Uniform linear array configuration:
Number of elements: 32
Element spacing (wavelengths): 0.5
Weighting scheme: blackman
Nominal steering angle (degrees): -30
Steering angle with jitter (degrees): -29.927
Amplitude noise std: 0.05
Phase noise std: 0.05

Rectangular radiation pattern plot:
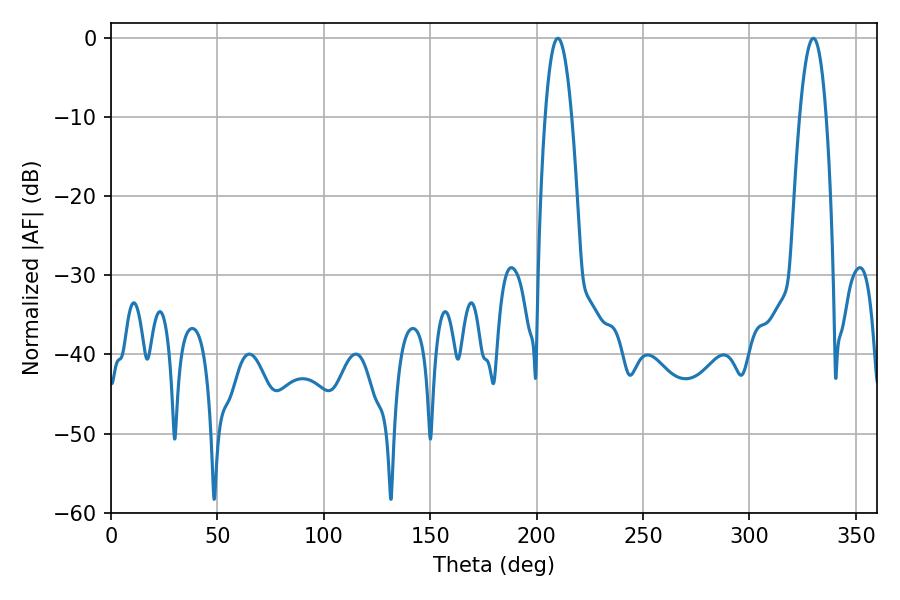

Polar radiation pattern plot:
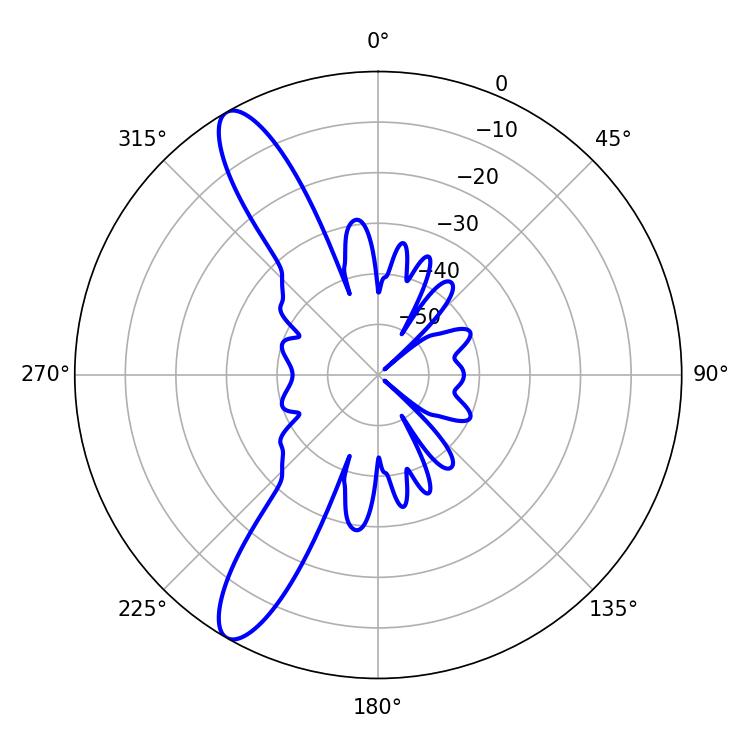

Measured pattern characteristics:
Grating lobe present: FALSE
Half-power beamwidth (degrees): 6.84
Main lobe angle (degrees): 329.94